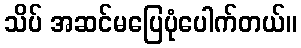
သိပ် အဆင်မပြေပုံပေါက်တယ်။